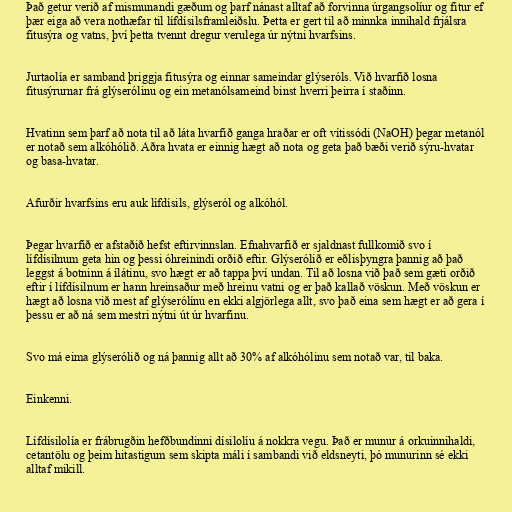
Það getur verið af mismunandi gæðum og þarf nánast alltaf að forvinna úrgangsolíur og fitur ef
þær eiga að vera nothæfar til lífdísilsframleiðslu. Þetta er gert til að minnka innihald frjálsra
fitusýra og vatns, því þetta tvennt dregur verulega úr nýtni hvarfsins.

Jurtaolía er samband þriggja fitusýra og einnar sameindar glýseróls. Við hvarfið losna
fitusýrurnar frá glýserólinu og ein metanólsameind binst hverri þeirra í staðinn.

Hvatinn sem þarf að nota til að láta hvarfið ganga hraðar er oft vítissódi (NaOH) þegar metanól
er notað sem alkóhólið. Aðra hvata er einnig hægt að nota og geta það bæði verið sýru-hvatar
og basa-hvatar.

Afurðir hvarfsins eru auk lífdísils, glýseról og alkóhól.

Þegar hvarfið er afstaðið hefst eftirvinnslan. Efnahvarfið er sjaldnast fullkomið svo í
lífdísilnum geta hin og þessi óhreinindi orðið eftir. Glýserólið er eðlisþyngra þannig að það
leggst á botninn á ílátinu, svo hægt er að tappa því undan. Til að losna við það sem gæti orðið
eftir í lífdísilnum er hann hreinsaður með hreinu vatni og er það kallað vöskun. Með vöskun er
hægt að losna við mest af glýserólínu en ekki algjörlega allt, svo það eina sem hægt er að gera í
þessu er að ná sem mestri nýtni út úr hvarfinu.

Svo má eima glýserólið og ná þannig allt að 30% af alkóhólinu sem notað var, til baka.

Einkenni.

Lífdísilolía er frábrugðin hefðbundinni dísilolíu á nokkra vegu. Það er munur á orkuinnihaldi,
cetantölu og þeim hitastigum sem skipta máli í sambandi við eldsneyti, þó munurinn sé ekki
alltaf mikill.